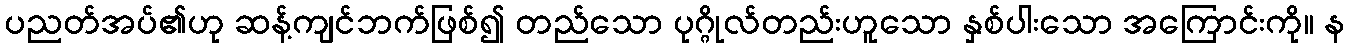
ပညတ်အပ်၏ဟု ဆန့်ကျင်ဘက်ဖြစ်၍ တည်သော ပုဂ္ဂိုလ်တည်းဟူသော နှစ်ပါးသော အကြောင်းကို။ န